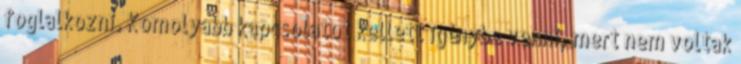
foglalkozni. Komolyabb kapcsolatot kellett igénybe venni, mert nem voltak